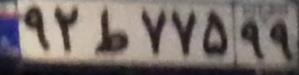
۹۲ط۷۷۵۹۹